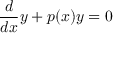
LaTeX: { \frac { d } { d x } } y + p ( x ) y = 0